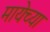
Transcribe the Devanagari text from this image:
मायेच्या